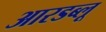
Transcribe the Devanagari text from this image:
आरडब्लू